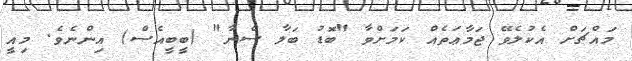
މައްޗަށް އެކުލެވޭ ޖަމާޢަތެއް ކަމަށްވާ "ބޮޑު ބަލާ ސެނާ" (ބީބީއެސް) އިންނެވެ. މިއީ